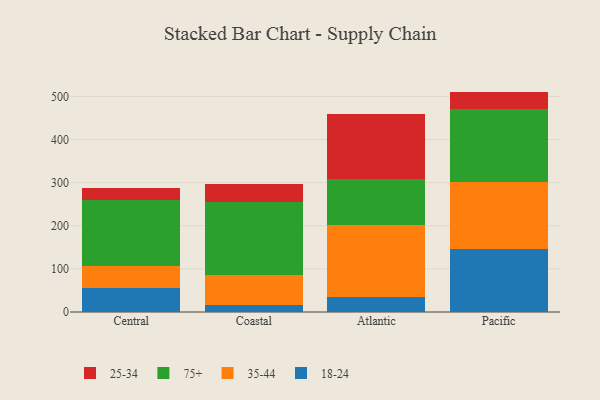
{"axis": {"x": "Region", "y": "Active Users"}, "legend": ["18-24", "25-34", "35-44", "75+"], "data": [{"x": "Central", "y": 56.6, "type": "18-24"}, {"x": "Central", "y": 51.0, "type": "35-44"}, {"x": "Central", "y": 151.2, "type": "75+"}, {"x": "Central", "y": 28.4, "type": "25-34"}, {"x": "Coastal", "y": 15.8, "type": "18-24"}, {"x": "Coastal", "y": 69.0, "type": "35-44"}, {"x": "Coastal", "y": 170.5, "type": "75+"}, {"x": "Coastal", "y": 40.5, "type": "25-34"}, {"x": "Atlantic", "y": 34.3, "type": "18-24"}, {"x": "Atlantic", "y": 167.1, "type": "35-44"}, {"x": "Atlantic", "y": 107.4, "type": "75+"}, {"x": "Atlantic", "y": 151.1, "type": "25-34"}, {"x": "Pacific", "y": 145.5, "type": "18-24"}, {"x": "Pacific", "y": 157.0, "type": "35-44"}, {"x": "Pacific", "y": 167.2, "type": "75+"}, {"x": "Pacific", "y": 41.4, "type": "25-34"}]}